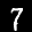
Label: 7